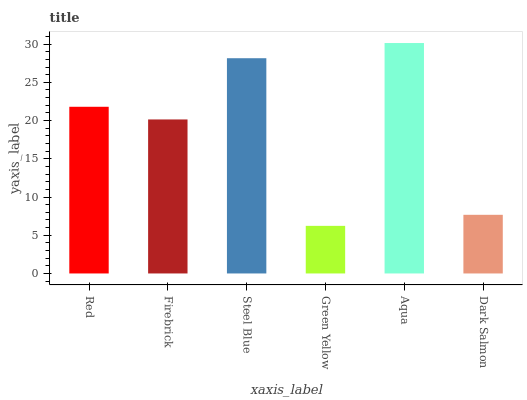
| xaxis_label | bars |
 | --- | --- |
 | Red | 21.8 |
 | Firebrick | 20.1 |
 | Steel Blue | 28.2 |
 | Green Yellow | 6.23 |
 | Aqua | 30.1 |
 | Dark Salmon | 7.67 |